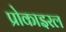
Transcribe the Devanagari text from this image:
प्रोकाइरल